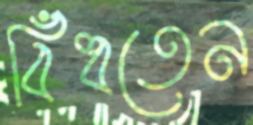
বিঁধতেন